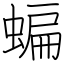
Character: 蝙